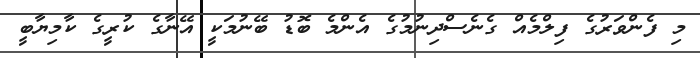
މި ފެންވަރުގެ ފިލްމެއް ގެނެސްދިނުމުގެ އެންމެ ބޮޑު ބޭނުމަކީ އޭނާގެ ކުރީގެ ކާމިޔާބީ